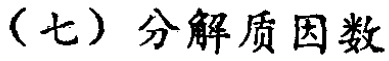
（七）分解质因数